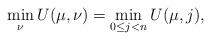
LaTeX: \begin{align*}\min_\nu U(\mu,\nu) = \min_{0 \leq j < n} U(\mu,j),\end{align*}